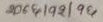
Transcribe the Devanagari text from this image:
२०८६।१२।१६